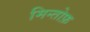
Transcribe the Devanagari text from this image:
मिन्तोफ़